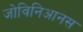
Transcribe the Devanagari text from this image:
जोविनिआनस